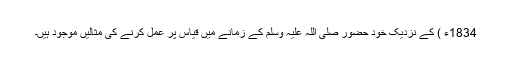
1834ء ) کے نزدیک خود حضور صلی اللہ علیہ وسلم کے زمانے میں قیاس پر عمل کرنے کی مثالیں موجود ہیں۔